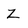
Character: Z